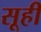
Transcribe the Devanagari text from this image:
सूही